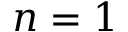
n = 1